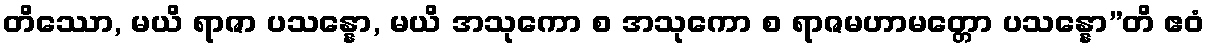
တိဿော, မယိ ရာဇာ ပသန္နော, မယိ အသုကော စ အသုကော စ ရာဇမဟာမတ္တော ပသန္နော”တိ ဧဝံ